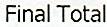
FINAL TOTAL